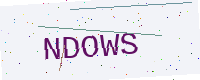
Text: NDOWS